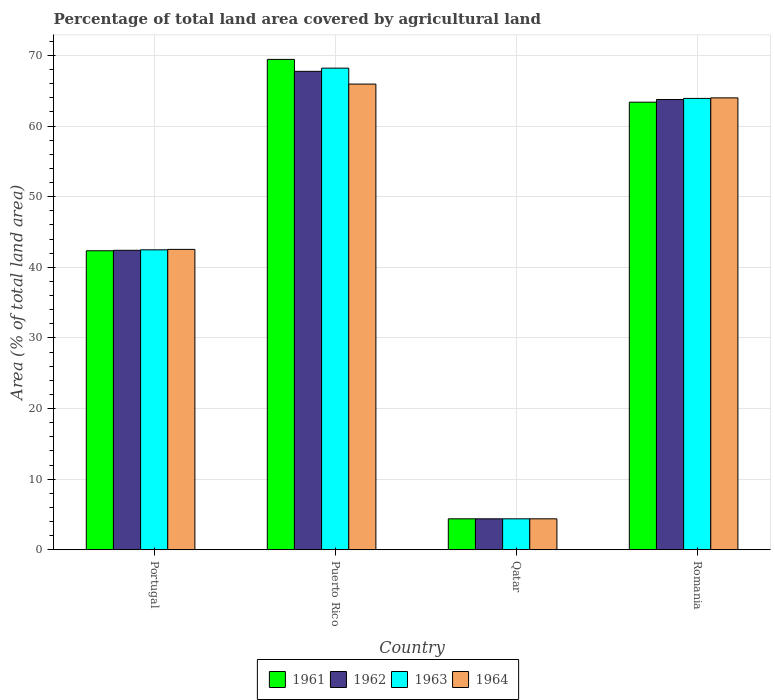
| Country | 1961 | 1962 | 1963 | 1964 |
 | --- | --- | --- | --- | --- |
 | Portugal | 42.3 | 42.4 | 42.5 | 42.5 |
 | Puerto Rico | 69.4 | 67.8 | 68.2 | 66 |
 | Qatar | 4.39 | 4.39 | 4.39 | 4.39 |
 | Romania | 63.4 | 63.8 | 63.9 | 64 |